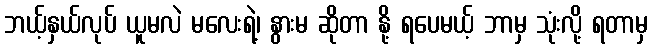
ဘယ့်နှယ်လုပ် ယူမလဲ မလေးရဲ့၊ နွားမ ဆိုတာ နို့ ရပေမယ့် ဘာမှ သုံးလို့ ရတာမှ